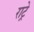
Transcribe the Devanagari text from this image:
राट्रे